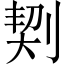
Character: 㓶